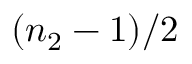
( n _ { 2 } - 1 ) / 2